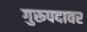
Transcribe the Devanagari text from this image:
गुरूपदावर